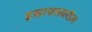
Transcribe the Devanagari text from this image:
इस्रायलवरील